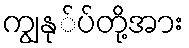
ကျွနု်ပ်တို့အား